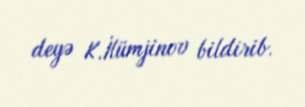
deyə K.İlümjinov bildirib.